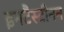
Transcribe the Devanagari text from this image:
इनटैस्टीनन